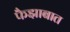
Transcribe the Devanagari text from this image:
फैझाबात